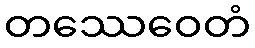
တဿေဝေတံ